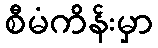
စီမံကိန်းမှာ